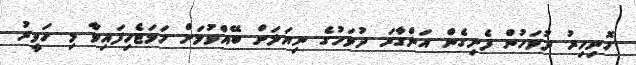
ހޮނިހިރު ދުވަހުން ފެށިގެން އަންގާރަ ދުވަހުގެ ނިޔަލަށް ބޭއްވުމަށް ހަމަޖެހިފައިވާ މި ހަވީރު